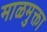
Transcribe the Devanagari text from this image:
माळमुक्ता